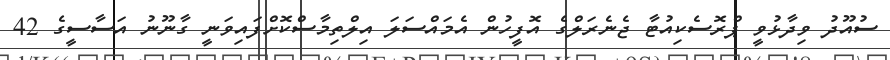
ސުއޫދު ވިދާޅުވީ ޕްރޮސެކިއުޓާ ޖެނެރަލްގެ އޮފީހުން އެމައްސަލަ އިލްތިމާސްކޮށްފައިވަނީ ގާނޫނު އަސާސީގެ 42